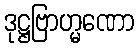
ဒုဋ္ဌဗြာဟ္မဏော